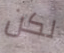
لكن